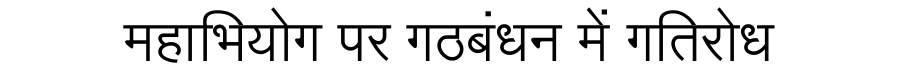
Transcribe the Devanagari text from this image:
महाभियोग पर गठबंधन में गतिरोध